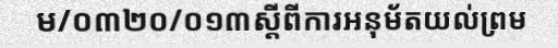
ម/០៣២០/០១៣ស្តីពីការអនុម័តយល់ព្រម